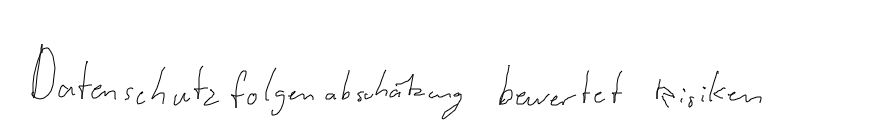
Datenschutzfolgenabschätzung bewertet Risiken.